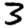
Digit: 3